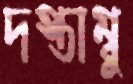
দস্তাম্বু